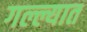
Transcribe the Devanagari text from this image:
गल्ल्यात